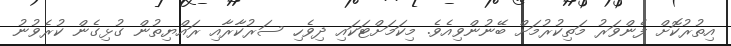
އިތުރުކޮށް ފެންވަރު މަތިކުރުމަށް ބޭނުންވިއެވެ. މިކަމަށްޓަކައި ދިވެހި ސަރުކާރާއި ރައްޔިތުން ގުޅިގެން ކުރެވުނު